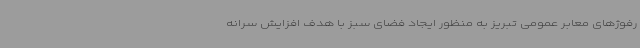
رفوژهای معابر عمومی تبریز به منظور ایجاد فضای سبز با هدف افزایش سرانه